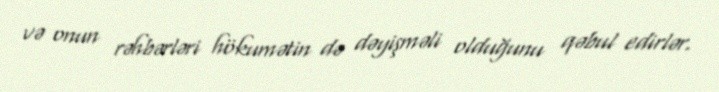
və onun rəhbərləri hökumətin də dəyişməli olduğunu qəbul edirlər.